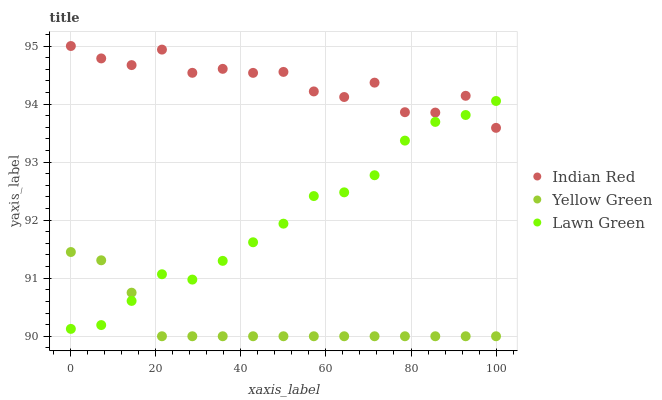
| xaxis_label | Indian Red | Yellow Green | Lawn Green |
 | --- | --- | --- | --- |
 | 0 | 95 | 91.5 | 90.1 |
 | 7.14 | 94.8 | 91.3 | 90.2 |
 | 14.3 | 94.7 | 90.8 | 90.6 |
 | 21.4 | 94.9 | 90 | 91.1 |
 | 28.6 | 94.5 | 90 | 91 |
 | 35.7 | 94.6 | 90 | 91.3 |
 | 42.9 | 94.5 | 90 | 91.6 |
 | 50 | 94.6 | 90 | 91.9 |
 | 57.1 | 94.2 | 90 | 92.4 |
 | 64.3 | 94.1 | 90 | 92.5 |
 | 71.4 | 94.4 | 90 | 92.8 |
 | 78.6 | 93.9 | 90 | 93.4 |
 | 85.7 | 93.9 | 90 | 93.7 |
 | 92.9 | 94.1 | 90 | 93.8 |
 | 100 | 93.6 | 90 | 94.1 |